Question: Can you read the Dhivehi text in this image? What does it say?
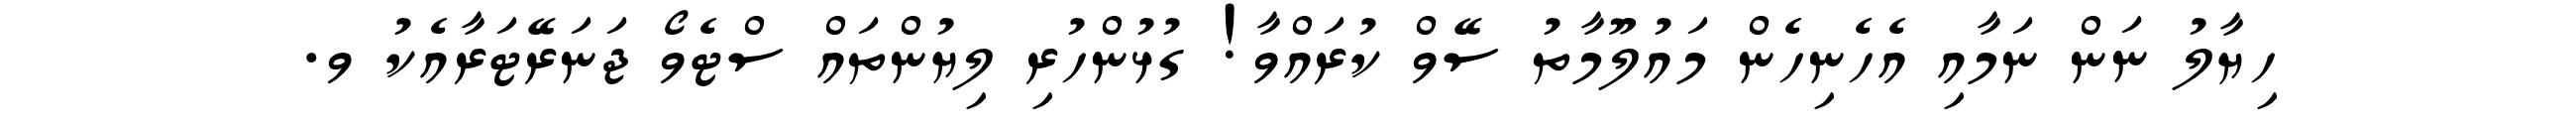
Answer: ހިޔާލު ނަން ނަމާއި އެހެނިހެން މައުލޫމާތު ސޭވް ކުރައްވާ! ގުޅުންހުރި ލިޔުންތައް ސްޓެވޯ ޖަނަރޭޓަރާއެކު ވ.